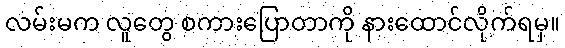
လမ်းမက လူတွေ စကားပြောတာကို နားထောင်လိုက်ရမှ။